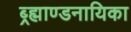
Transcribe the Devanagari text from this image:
ब्र्ह्माण्डनायिका